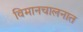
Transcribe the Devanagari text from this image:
विमानचालनात